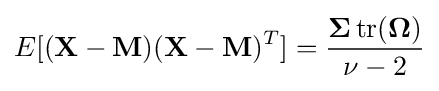
E[(\mathbf {X} -\mathbf {M} )(\mathbf {X} -\mathbf {M} )^{T}]={\frac {\mathbf {\Sigma } \operatorname {tr} (\mathbf {\Omega } )}{\nu -2}}